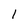
Character: 1